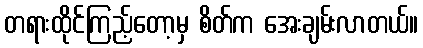
တရားထိုင်ကြည့်တော့မှ စိတ်က အေးချမ်းလာတယ်။